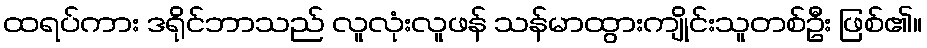
ထရပ်ကား ဒရိုင်ဘာသည် လူလုံးလူဖန် သန်မာထွားကျိုင်းသူတစ်ဦး ဖြစ်၏။